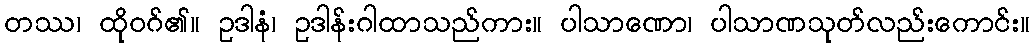
တဿ၊ ထိုဝဂ်၏။ ဥဒါနံ၊ ဥဒါန်းဂါထာသည်ကား။ ပါသာဏော၊ ပါသာဏသုတ်လည်းကောင်း။